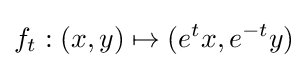
f_{t}:(x,y)\mapsto (e^{t}x,e^{-t}y)